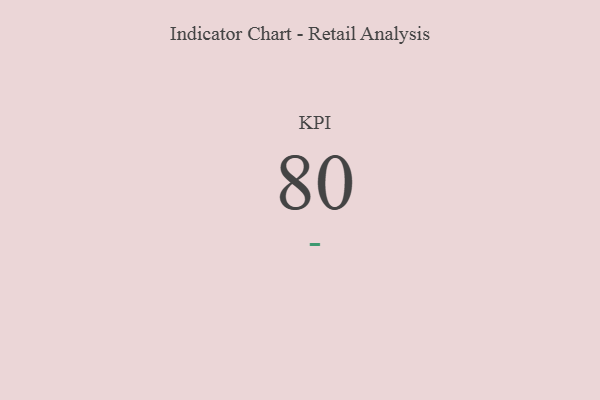
{"axis": {"x": "KPI", "y": "Value"}, "legend": [""], "data": [{"x": "KPI", "y": 80, "type": ""}]}